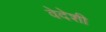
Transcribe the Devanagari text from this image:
वेदेशी